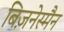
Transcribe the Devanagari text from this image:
बिज़नेस्मैन